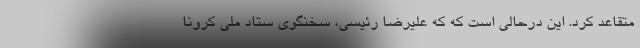
متقاعد کرد. این درحالی است که که علیرضا رئیسی، سخنگوی ستاد ملی کرونا